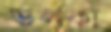
ভলকা